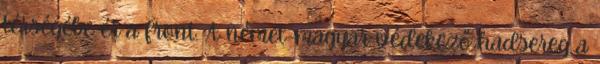
térségébe ér a front. A német-magyar védekező hadsereg a